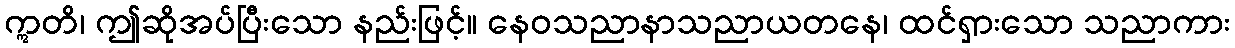
ဣတိ၊ ဤဆိုအပ်ပြီးသော နည်းဖြင့်။ နေဝသညာနာသညာယတနေ၊ ထင်ရှားသော သညာကား